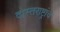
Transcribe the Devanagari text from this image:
दोस्तराष्ट्रांचे